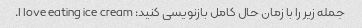
جمله زیر را با زمان حال کامل بازنویسی کنید: I love eating ice cream.